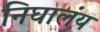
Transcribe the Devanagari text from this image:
निघालंंय